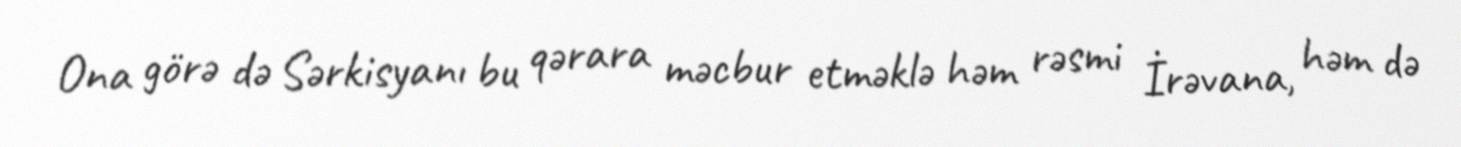
Ona görə də Sərkisyanı bu qərara məcbur etməklə həm rəsmi İrəvana, həm də